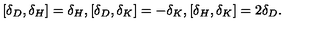
[ \delta _ { D } , \delta _ { H } ] = \delta _ { H } , [ \delta _ { D } , \delta _ { K } ] = - \delta _ { K } , [ \delta _ { H } , \delta _ { K } ] = 2 \delta _ { D } .